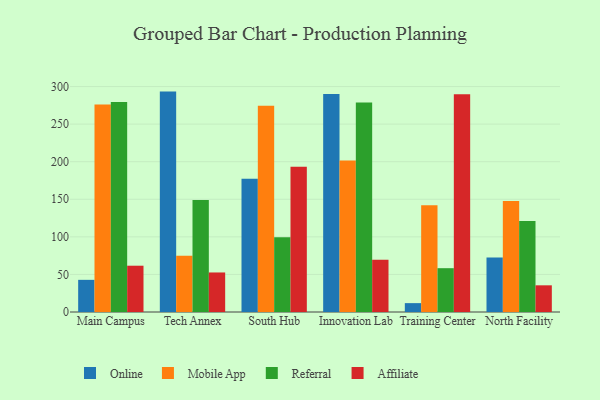
{"axis": {"x": "Campus", "y": "Active Users"}, "legend": ["Affiliate", "Mobile App", "Online", "Referral"], "data": [{"x": "Main Campus", "y": 42.8, "type": "Online"}, {"x": "Main Campus", "y": 276.2, "type": "Mobile App"}, {"x": "Main Campus", "y": 279.5, "type": "Referral"}, {"x": "Main Campus", "y": 61.6, "type": "Affiliate"}, {"x": "Tech Annex", "y": 293.3, "type": "Online"}, {"x": "Tech Annex", "y": 74.7, "type": "Mobile App"}, {"x": "Tech Annex", "y": 149.2, "type": "Referral"}, {"x": "Tech Annex", "y": 52.6, "type": "Affiliate"}, {"x": "South Hub", "y": 177.2, "type": "Online"}, {"x": "South Hub", "y": 274.5, "type": "Mobile App"}, {"x": "South Hub", "y": 99.5, "type": "Referral"}, {"x": "South Hub", "y": 193.4, "type": "Affiliate"}, {"x": "Innovation Lab", "y": 290.2, "type": "Online"}, {"x": "Innovation Lab", "y": 201.5, "type": "Mobile App"}, {"x": "Innovation Lab", "y": 278.9, "type": "Referral"}, {"x": "Innovation Lab", "y": 69.4, "type": "Affiliate"}, {"x": "Training Center", "y": 11.8, "type": "Online"}, {"x": "Training Center", "y": 142.1, "type": "Mobile App"}, {"x": "Training Center", "y": 58.3, "type": "Referral"}, {"x": "Training Center", "y": 289.7, "type": "Affiliate"}, {"x": "North Facility", "y": 72.4, "type": "Online"}, {"x": "North Facility", "y": 147.7, "type": "Mobile App"}, {"x": "North Facility", "y": 121.0, "type": "Referral"}, {"x": "North Facility", "y": 35.5, "type": "Affiliate"}]}